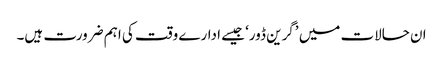
ان حالات میں ’گرین ڈور‘ جیسے ادارے وقت کی اہم ضرورت ہیں۔